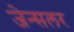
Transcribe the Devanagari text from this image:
जेन्सलर